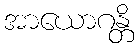
အာယောဂန္တိ